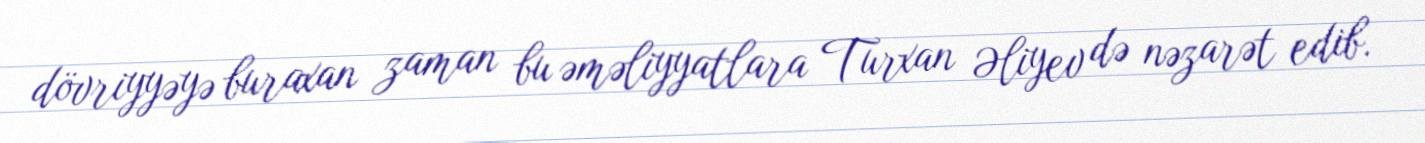
dövriyyəyə buraxan zaman bu əməliyyatlara Turxan Əliyev də nəzarət edib.